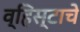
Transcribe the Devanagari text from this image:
व्हिस्टाचे